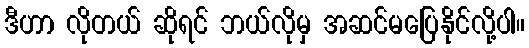
ဒီဟာ လိုတယ် ဆိုရင် ဘယ်လိုမှ အဆင်မပြေနိုင်လို့ပါ။